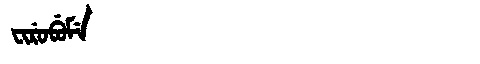
Manchu: ᠸᡳᡵᡠᠪᡠᠮᡝ
Romanization: FIRUBUME